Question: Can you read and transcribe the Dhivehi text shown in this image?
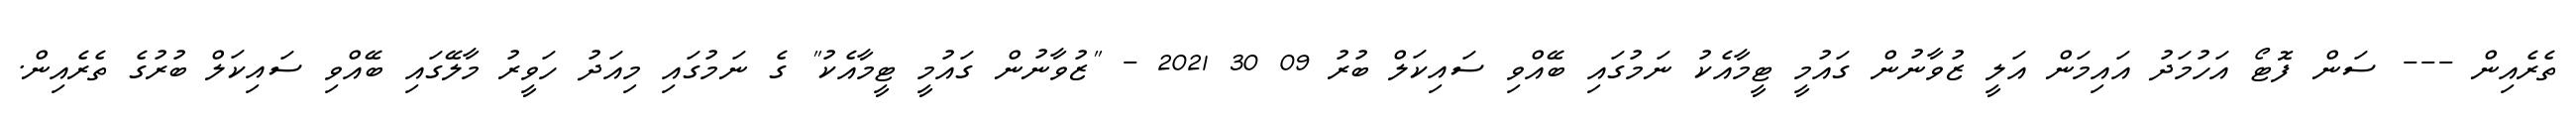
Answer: ތެރެއިން --- ސަން ފޮޓޯ އަހުމަދު އައިމަން އަލީ ޒުވާނުން ގައުމީ ޓީމާއެކު ނަމުގައި ބޭއްވި ސައިކަލް ބުރު 09 30 2021 - "ޒުވާނުން ގައުމީ ޓީމާއެކު" ގެ ނަމުގައި މިއަދު ހަވީރު މާލޭގައި ބޭއްވި ސައިކަލް ބުރުގެ ތެރެއިން.